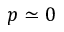
p \simeq 0